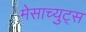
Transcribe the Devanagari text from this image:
मेसाच्युट्स